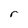
Character: r